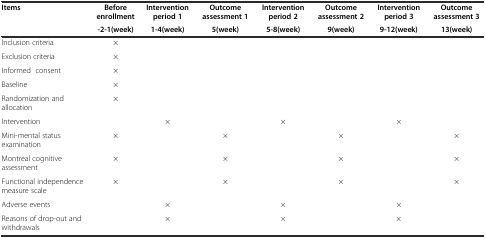
| Items | Before enrollment | Intervention period 1 | Outcome assessment 1 | Intervention period 2 | Outcome assessment 2 | Intervention period 3 | Outcome assessment 3 |
 |  | -2-1(week) | 1-4(week) | 5(week) | 5-8(week) | 9(week) | 9-12(week) | 13(week) |
 | --- | --- | --- | --- | --- | --- | --- | --- |
 | Inclusion criteria | × |  |  |  |  |  |  |
 | Exclusion criteria | × |  |  |  |  |  |  |
 | Informed consent | × |  |  |  |  |  |  |
 | Baseline | × |  |  |  |  |  |  |
 | Randomization and allocation | × |  |  |  |  |  |  |
 | Intervention |  | × |  | × |  | × |  |
 | Mini-mental status examination | × |  | × |  | × |  | × |
 | Montreal cognitive assessment | × |  | × |  | × |  | × |
 | Functional independence measure scale | × |  | × |  | × |  | × |
 | Adverse events |  | × |  | × |  | × |  |
 | Reasons of drop-out and withdrawals |  | × |  | × |  | × |  |